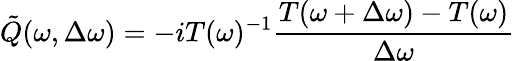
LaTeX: \tilde{Q}(\omega,\Delta\omega)=-iT(\omega)^{-1}\frac{T(\omega+\Delta\omega)-T(\omega)}{\Delta\omega}